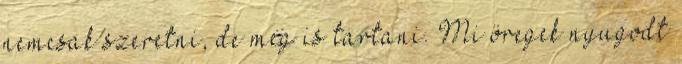
nemcsak szeretni, de meg is tartani. Mi öregek nyugodt